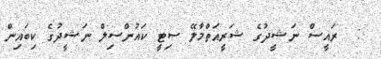
:  ރައީސް ނަޝީދުގެ ޝަރީއަތްމާލޭ ސިޓީ ކައުންސިލް ނަޝީދުގެ ކިބައިން